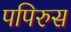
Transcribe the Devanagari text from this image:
पपिरुस